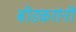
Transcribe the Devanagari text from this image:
बीडकरांनी